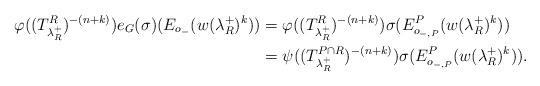
LaTeX: \begin{align*}\varphi((T^R_{\lambda_R^+})^{-(n + k)})e_G(\sigma)(E_{o_-}(w(\lambda_R^+)^k))& = \varphi((T^R_{\lambda_R^+})^{-(n + k)})\sigma(E^P_{o_{-,P}}(w(\lambda_R^+)^k))\\& = \psi((T^{P\cap R}_{\lambda_{R}^+})^{-(n + k)})\sigma(E^P_{o_{-,P}}(w(\lambda_R^+)^k)).\end{align*}